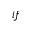
i f